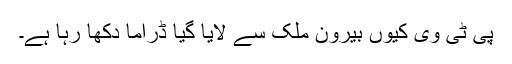
پی ٹی وی کیوں بیرون ملک سے لایا گیا ڈراما دکھا رہا ہے۔